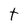
Character: t